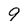
Character: 9